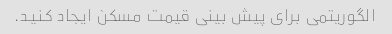
الگوریتمی برای پیش بینی قیمت مسکن ایجاد کنید.